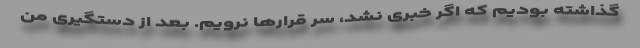
گذاشته بودیم كه اگر خبری نشد، سر قرار‌ها نرویم. بعد از دستگیری من